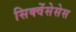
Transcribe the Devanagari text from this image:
सिक्वेंसेसेस